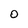
Character: O